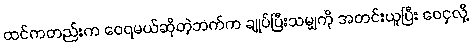
ထင်ကတည်းက ဝေရမယ်ဆိုတဲ့ဘက်က ချုပ်ပြီးသမျှကို အတင်းယူပြီး ဝေငှလို့